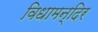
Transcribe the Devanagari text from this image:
विधामन्दिर